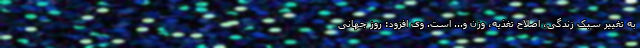
به تغییر سبک زندگی، اصلاح تغذیه، وزن و... است. وی افزود: روز جهانی